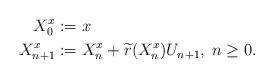
LaTeX: \begin{align*} {X}^{x}_0&:=x \\{X}^{x}_{n+1}&:={X}^{x}_n+\widetilde{r}({X}^{x}_n)U_{n+1},\; n\geq 0. \end{align*}